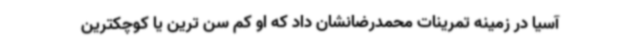
آسیا در زمینه تمرینات محمدرضانشان داد که او کم سن ترین یا کوچکترین